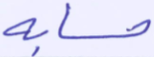
حسابه